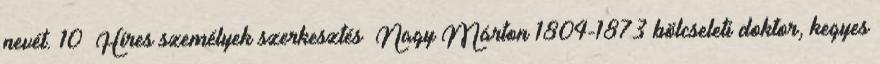
nevét. 10 Híres személyek szerkesztés Nagy Márton 1804-1873 bölcseleti doktor, kegyes